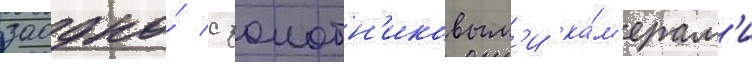
заодно́ с золотн'иковым'и ка́м'ерам'и